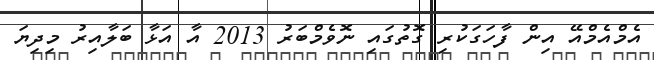
އެމްއެމްއޭ އިން ފާހަގަކުރި ގޮތުގައި ނޮވެމްބަރު 2013 އާ އަޅާ ބަލާއިރު މިދިޔަ